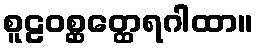
စူဠဝစ္ဆတ္ထေရဂါထာ။